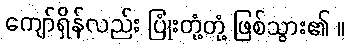
ကျော်ရှိန်လည်း ပြုံးတုံ့တုံ့ ဖြစ်သွား၏ ။